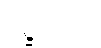
ဥဍ္ဍိတော